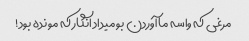
مرغی که واسه ما آوردن بو میداد انگار که مونده بود!